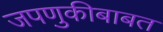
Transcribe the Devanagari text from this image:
जपणुकीबाबत